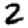
Digit: 2